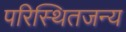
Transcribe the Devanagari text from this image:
परिस्थितजन्य